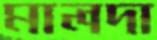
মালদা